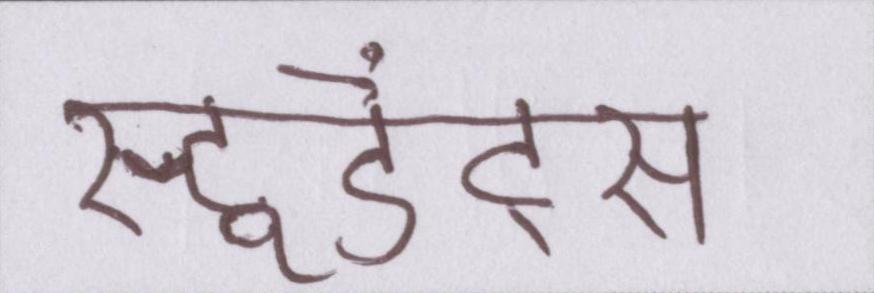
स्टूडेंट्स